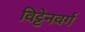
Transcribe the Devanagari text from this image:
विट्टेनवर्ग